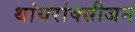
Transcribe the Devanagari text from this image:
थांयरांक्सीजन